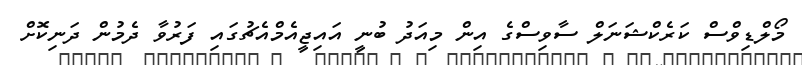
މޯލްޑިވްސް ކަރެކްޝަނަލް ސާވިސްގެ އިން މިއަދު ބުނީ އައިޖީއެމްއެޗުގައި ފަރުވާ ދެމުން ދަނިކޮށް